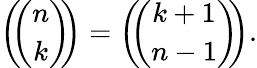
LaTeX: \left(\! \! {\binom{n}{k}}\! \! \right)=\left(\! \! {\binom{k+1}{n-1}}\! \! \right).